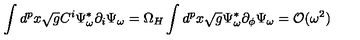
\int d ^ { p } x \sqrt { g } C ^ { i } \Psi _ { \omega } ^ { * } \partial _ { i } \Psi _ { \omega } = \Omega _ { H } \int d ^ { p } x \sqrt { g } \Psi _ { \omega } ^ { * } \partial _ { \phi } \Psi _ { \omega } \nonumber = { \cal O } ( \omega ^ { 2 } )